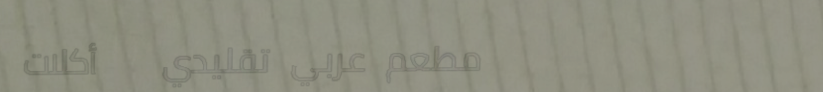
مطعم عربي تقليدي   أكلات